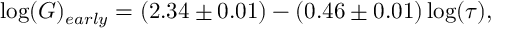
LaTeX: \log ( G ) _ { e a r l y } = ( 2 . 3 4 \pm 0 . 0 1 ) - ( 0 . 4 6 \pm 0 . 0 1 ) \log ( \tau ) ,